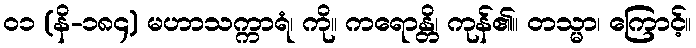
၀၁ (နိ-၁၈၄) မဟာသက္ကာရံ၊ ကို။ ကရောန္တိ၊ ကုန်၏။ တသ္မာ၊ ကြောင့်။